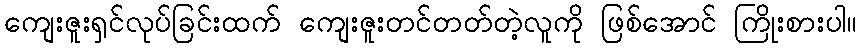
ကျေးဇူးရှင်လုပ်ခြင်းထက် ကျေးဇူးတင်တတ်တဲ့လူကို ဖြစ်အောင် ကြိုးစားပါ။